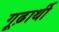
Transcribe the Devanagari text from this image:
गूढ़ार्थी